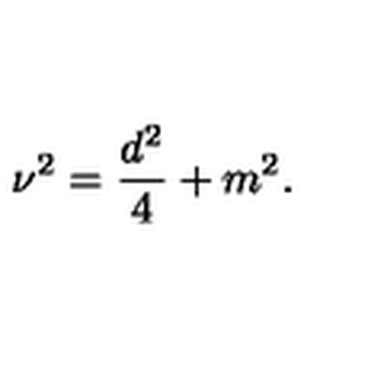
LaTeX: \nu ^ { 2 } = \frac { d ^ { 2 } } { 4 } + m ^ { 2 } .